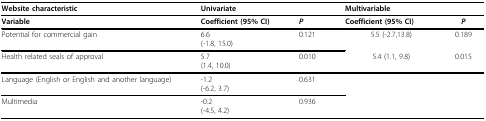
<table><thead><tr><td><b>Website characteristic</b></td><td colspan="2"><b>Univariate</b></td><td colspan="2"><b>Multivariable</b></td></tr></thead><tbody><tr><td><b>Variable</b></td><td><b>Coefficient (95% CI)</b></td><td><b><i>P</i></b></td><td><b>Coefficient (95% CI)</b></td><td><b><i>P</i></b></td></tr><tr><td>Potential for commercial gain</td><td>6.6(-1.8, 15.0)</td><td>0.121</td><td>5.5 (-2.7,13.8)</td><td>0.189</td></tr><tr><td>Health related seals of approval</td><td>5.7(1.4, 10.0)</td><td>0.010</td><td>5.4 (1.1, 9.8)</td><td>0.015</td></tr><tr><td>Language (English or English and another language)</td><td>-1.2(-6.2, 3.7)</td><td>0.631</td><td></td><td></td></tr><tr><td>Multimedia</td><td>-0.2(-4.5, 4.2)</td><td>0.936</td><td></td><td></td></tr></tbody></table>